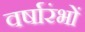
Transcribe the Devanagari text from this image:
वर्षारंभों